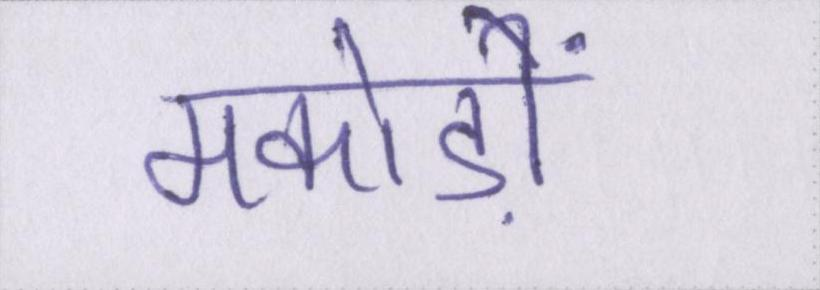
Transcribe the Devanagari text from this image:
मकोड़ों